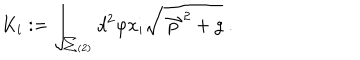
K _ { i } : = \int _ { \sum _ { ( 2 ) } } d ^ { 2 } \varphi x _ { i } \sqrt { \stackrel { \rightharpoonup } { p } ^ { 2 } + g } \ .